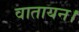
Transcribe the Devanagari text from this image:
वातायन।